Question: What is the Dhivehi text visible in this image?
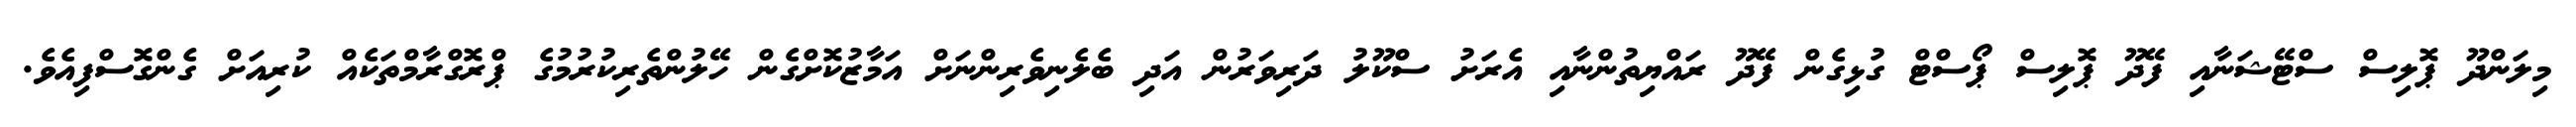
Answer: މިލަންދޫ ޕޮލިސް ސްޓޭޝަނާއި ފޭދޫ ޕޮލިސް ޕޯސްޓް ގުޅިގެން ފޭދޫ ރައްޔިތުންނާއި އެރަށު ސްކޫލު ދަރިވަރުން އަދި ބެލެނިވެރިންނަށް އަމާޒުކޮށްގެން ހޭލުންތެރިކުރުމުގެ ޕްރޮގްރާމްތަކެއް ކުރިއަށް ގެންގޮސްފިއެވެ.